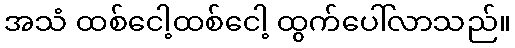
အသံ ထစ်ငေါ့ထစ်ငေါ့ ထွက်ပေါ်လာသည်။